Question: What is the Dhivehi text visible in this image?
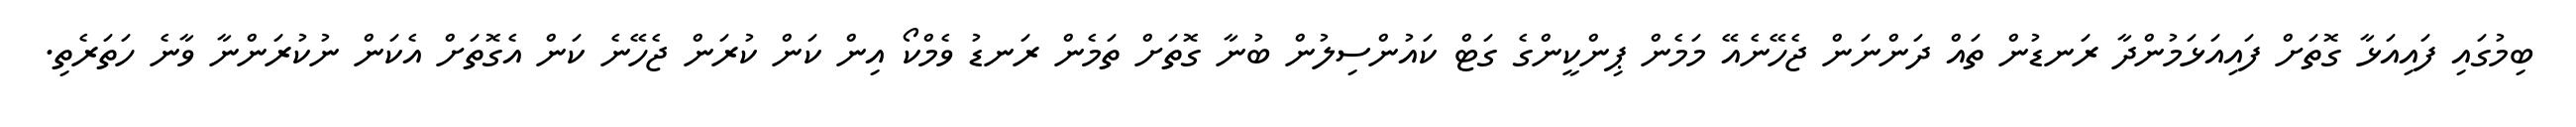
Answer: ބިމުގައި ފައިއަޅާ ގޮތަށް ފައިއަޅަމުންދާ ރަނޑުން ތައް ދަންނަން ޖެހޭނެއޭ މަމެން ޕިންކީންގެ ގަޓް ކައުންސިލުން ބުނާ ގޮތަށް ތަމެން ރަނޑު ވެމްކޯ އިން ކަން ކުރަން ޖެހޭނެ ކަން އެގޮތަށް އެކަން ނުކުރަންނާ ވާނެ ހަތަރެތި.